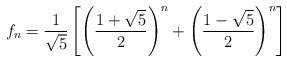
\begin{align*}f_{n}=\displaystyle \frac{1}{\sqrt{5}}\left[\left(\displaystyle \frac{1+\sqrt{5}}{2}\right)^n+\left(\displaystyle \frac{1-\sqrt{5}}{2}\right)^n\right] \end{align*}